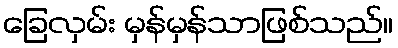
ခြေလှမ်း မှန်မှန်သာဖြစ်သည်။